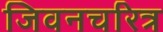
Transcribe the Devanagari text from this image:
जिवनचरित्र